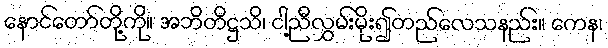
နောင်တော်တို့ကို။ အဘိတိဋ္ဌသိ၊ ငါ့ညီလွှမ်းမိုး၍တည်လေသနည်း။ ကေန၊